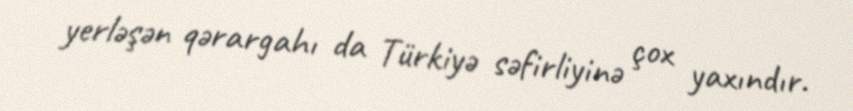
yerləşən qərargahı da Türkiyə səfirliyinə çox yaxındır.